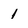
Character: 1